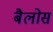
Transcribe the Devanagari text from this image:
बैलोस